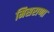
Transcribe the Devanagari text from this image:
मिसराणा